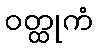
ဝတ္ထုကံ